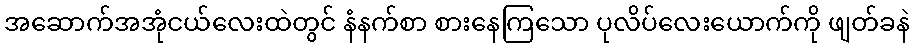
အဆောက်အအုံငယ်လေးထဲတွင် နံနက်စာ စားနေကြသော ပုလိပ်လေးယောက်ကို ဖျတ်ခနဲ